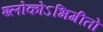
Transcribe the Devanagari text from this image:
श्लोकोऽभिगीतो